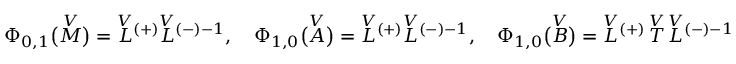
\Phi _ { 0 , 1 } \bigl ( \overset { V } { M } \bigr ) = \overset { V } { L } { ^ { ( + ) } } \overset { V } { L } { ^ { ( - ) - 1 } } , \quad \Phi _ { 1 , 0 } \bigl ( \overset { V } { A } \bigr ) = \overset { V } { L } { ^ { ( + ) } } \overset { V } { L } { ^ { ( - ) - 1 } } , \quad \Phi _ { 1 , 0 } \bigl ( \overset { V } { B } \bigr ) = \overset { V } { L } { ^ { ( + ) } } \, \overset { V } { T } \, \overset { V } { L } { ^ { ( - ) - 1 } }